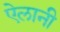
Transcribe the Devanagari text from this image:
ऐलानी